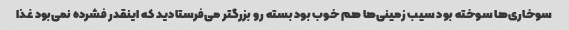
سوخاری‌ها سوخته بود سیب زمینی‌ها هم خوب بود بسته رو بزرگتر می‌فرستادید که اینقدر فشرده نمی‌بود غذا